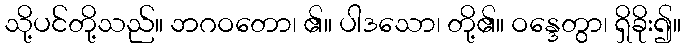
သို့ပင်တို့သည်။ ဘဂဝတော၊ ၏။ ပါဒသော၊ တို့၏။ ဝန္ဒေတွာ၊ ရှိခိုး၍။